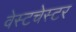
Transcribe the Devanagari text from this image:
वेस्‍टचेस्‍टर